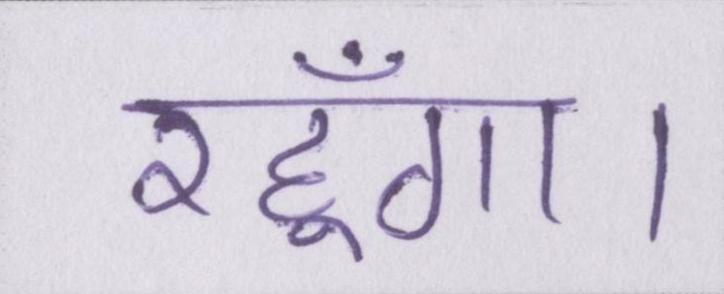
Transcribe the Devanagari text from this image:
रहूँगा।